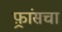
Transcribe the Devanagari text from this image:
फ़्रांसचा